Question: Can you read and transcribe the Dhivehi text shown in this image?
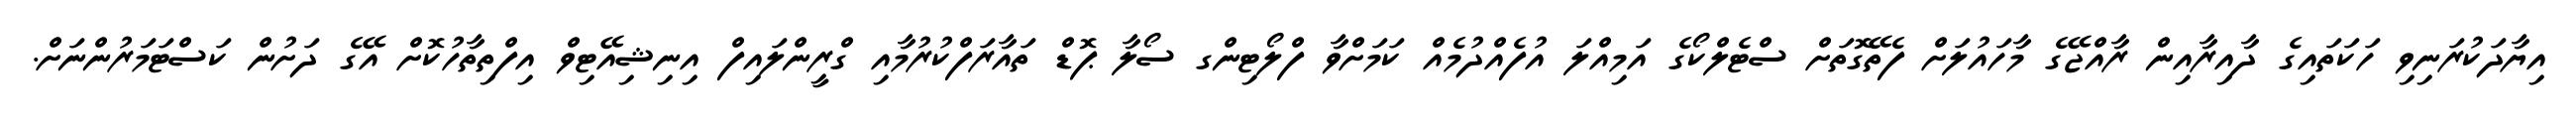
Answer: އިޔާދަކުރަނިވި ހަކަތައިގެ ދާއިރާއިން ރާއްޖޭގެ މާހައުލަށް ފެތޭގޮތަށް ސްޓެލްކޯގެ އަމިއްލަ އުފެއްދުމެއް ކަމަށްވާ ފްލޯޓިންގ ސޯލާ ޕޮޑް ތައާރަފްކުރުމާއި ގްރީންލައިފް އިނިޝިއޭޓިވް އިފްތިތާހުކޮށް އޭގެ ދަށުން ކަސްޓަމަރުންނަށް.